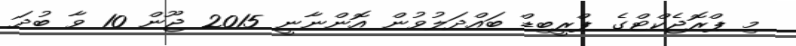
މި ޕްރޮޖެކްޓްގެ ޕްރީބިޑް ބައްދަލުވުން އޮންނާނީ 2015 ޖޫން 10 ވާ ބުދަ